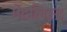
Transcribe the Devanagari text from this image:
मेटलिस्ट